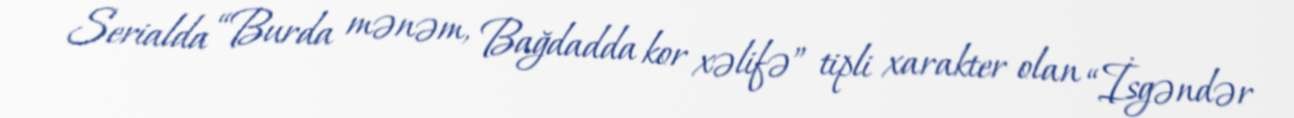
Serialda “Burda mənəm, Bağdadda kor xəlifə” tipli xarakter olan “İsgəndər